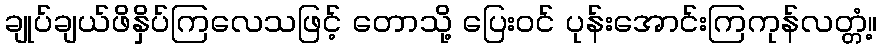
ချုပ်ချယ်ဖိနှိပ်ကြလေသဖြင့် တောသို့ ပြေးဝင် ပုန်းအောင်းကြကုန်လတ္တံ့။